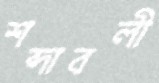
শব্দাবলী